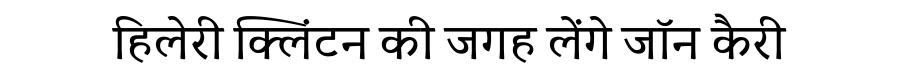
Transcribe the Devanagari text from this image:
हिलेरी क्लिंटन की जगह लेंगे जॉन कैरी